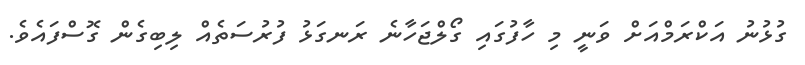
ގުޅުނު އަކްރަމްއަށް ވަނީ މި ހާފުގައި ގޯލްޖަހާނެ ރަނގަޅު ފުރުސަތެއް ލިބިގެން ގޮސްފައެވެ.